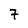
Character: 7